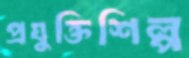
প্রযুক্তিশিল্প